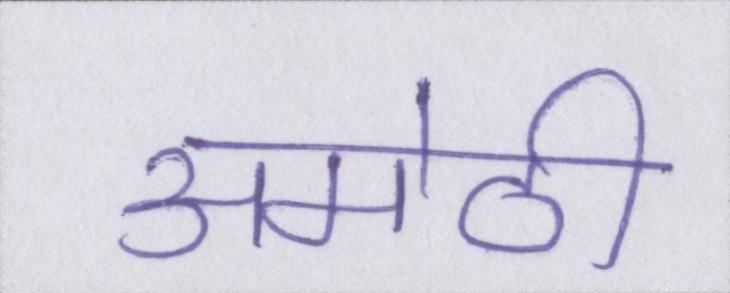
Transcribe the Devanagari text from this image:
अमेठी